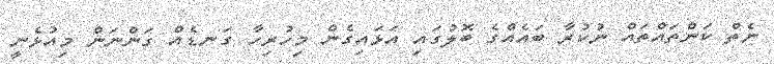
ނެތް ކަންތައްތައް ނުކުރާ ބައެއްގެ ބޮލުގައި އަޅައިގެން މިހުރިހާ ގަނޑެއް ގަންނަން މިއުޅެނީ